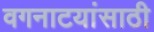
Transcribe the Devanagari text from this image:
वगनाटयांसाठी